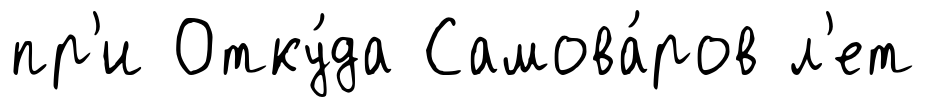
пр'и Отку́да Самова́ров л'ет